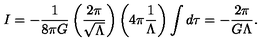
I = - \frac { 1 } { 8 \pi G } \left( \frac { 2 \pi } { \sqrt { \Lambda } } \right) \left( 4 \pi \frac { 1 } { \Lambda } \right) \int d \tau = - \frac { 2 \pi } { G \Lambda } .